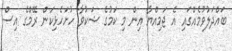
ބައްދަލުވުމެއްގައި އެ ޖަމިއްޔާ އިން މި ކަމުގެ ޝަކުވާ ހުށަހެޅިކަން ރޭމްގެ އިސް